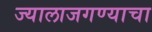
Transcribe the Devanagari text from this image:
ज्यालाजगण्याचा